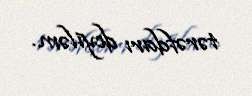
tərəfdarı deyiləm.